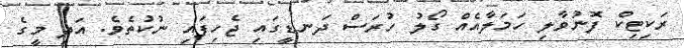
ރަކިޓިކް ފޮނުވާލި ހަމަލާއެއް ގޯލު ހުރަސް ދަނޑީގައި ޖެހިފައި ނުކުތެވެ. އަދި މީގެ